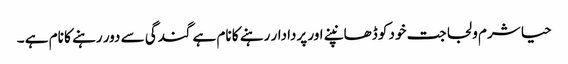
حیا شرم و لجاجت خود کو ڈھانپنے اور پردادار رہنے کا نام ہے گندگی سے دور رہنے کا نام ہے ۔